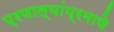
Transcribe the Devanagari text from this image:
प्रणाल्यांप्रमाणे